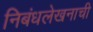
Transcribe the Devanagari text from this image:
निबंधलेखनाची